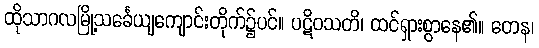
ထိုသာဂလမြို့သင်္ခေယျကျောင်းတိုက်၌ပင်။ ပဋိဝသတိ၊ ထင်ရှားစွာနေ၏။ တေန၊